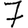
Digit: 7